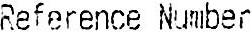
REFERENCE NUMBER